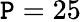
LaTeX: \mathtt{P}=25